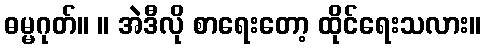
ဓမ္မဂုတ်။ ။ အဲဒီလို စာရေးတော့ ထိုင်ရေးသလား။